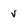
Character: v